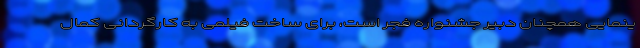
ینمایی همچنان دبیر جشنواره فجر است، برای ساخت فیلمی به کارگردانی کمال